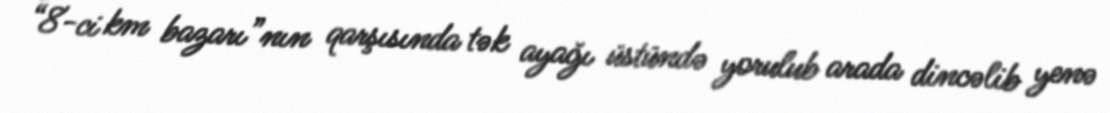
“8-ci km bazarı”nın qarşısında tək ayağı üstündə yorulub arada dincəlib yenə